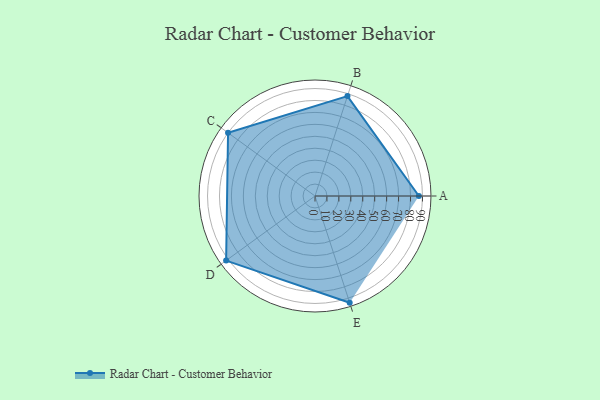
{"axis": {"x": "Skill", "y": "Score"}, "legend": ["Profile"], "data": [{"x": "A", "y": 87.0, "type": "Profile"}, {"x": "B", "y": 88.0, "type": "Profile"}, {"x": "C", "y": 90.0, "type": "Profile"}, {"x": "D", "y": 92.0, "type": "Profile"}, {"x": "E", "y": 94.0, "type": "Profile"}]}